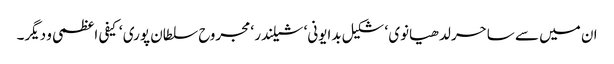
ان میں سے ساحر لدھیانوی ‘ شکیل بدایونی‘ شیلندر ‘ مجروح سلطان پوری ‘ کیفی اعظمی و دیگر۔